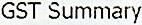
GST SUMMARY